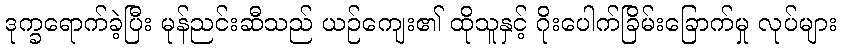
ဒုက္ခရောက်ခဲ့ပြီး မုန်ညင်းဆီသည် ယဉ်ကျေး၏ ထိုသူနှင့် ဂိုးပေါက်ခြိမ်းခြောက်မှု လုပ်များ